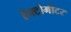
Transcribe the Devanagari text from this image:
हेक्टोमीटर